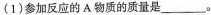
(1)参加反应的A物质的质量是___。